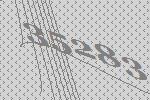
35283